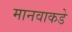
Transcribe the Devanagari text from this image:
मानवाकडे